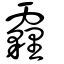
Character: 霾